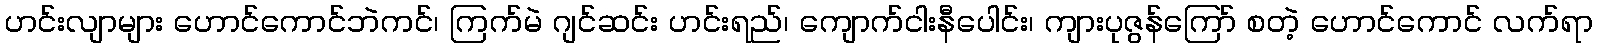
ဟင်းလျာများ ဟောင်ကောင်ဘဲကင်၊ ကြက်မဲ ဂျင်ဆင်း ဟင်းရည်၊ ကျောက်ငါးနီပေါင်း၊ ကျားပုဇွန်ကြော် စတဲ့ ဟောင်ကောင် လက်ရာ